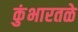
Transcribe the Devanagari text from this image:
कुंभारतळे